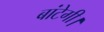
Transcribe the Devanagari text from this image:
बांटेगी।